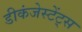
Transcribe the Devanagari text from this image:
डीकंजेस्टेंट्स